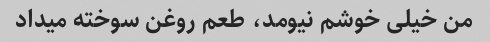
من خیلی خوشم نیومد، طعم روغن سوخته میداد